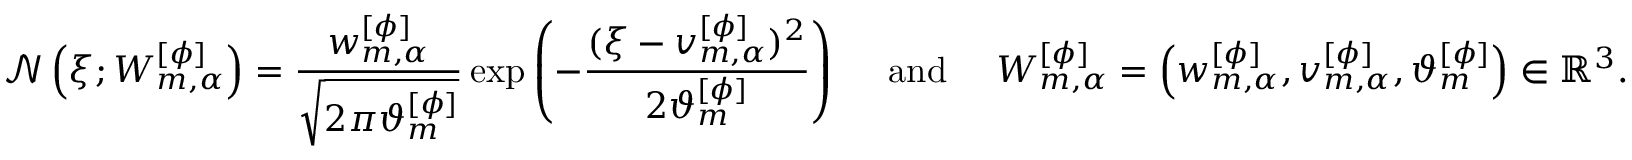
\mathcal { N } \left( \xi ; W _ { m , \alpha } ^ { [ \phi ] } \right) = \frac { w _ { m , \alpha } ^ { [ \phi ] } } { \sqrt { 2 \pi \vartheta _ { m } ^ { [ \phi ] } } } \exp \left( - \frac { ( \xi - v _ { m , \alpha } ^ { [ \phi ] } ) ^ { 2 } } { 2 \vartheta _ { m } ^ { [ \phi ] } } \right) \quad \mathrm { ~ a n d ~ } \quad W _ { m , \alpha } ^ { [ \phi ] } = \left( w _ { m , \alpha } ^ { [ \phi ] } , v _ { m , \alpha } ^ { [ \phi ] } , \vartheta _ { m } ^ { [ \phi ] } \right) \in \mathbb { R } ^ { 3 } .